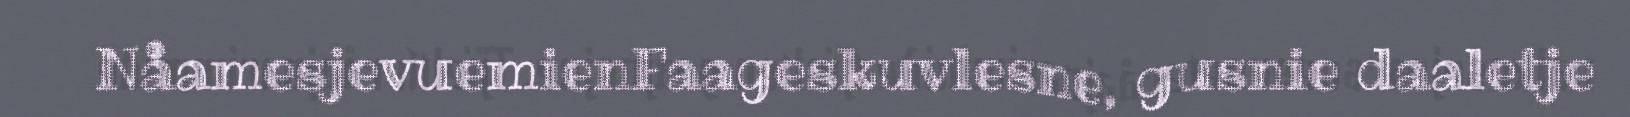
NåamesjevuemienFaageskuvlesne, gusnie daaletje